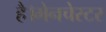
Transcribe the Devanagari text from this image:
है।मेनचेस्टर